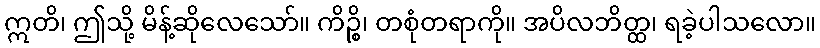
ဣတိ၊ ဤသို့ မိန့်ဆိုလေသော်။ ကိဉ္စိ၊ တစုံတရာကို။ အပိလဘိတ္ထ၊ ရခဲ့ပါသလော။